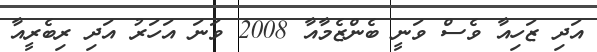
އަދި ޒަހިއާ ވެސް ވަނީ ބެންޒެމާއާ 2008 ވަނަ އަހަރު އަދި ރިބެރީއާ